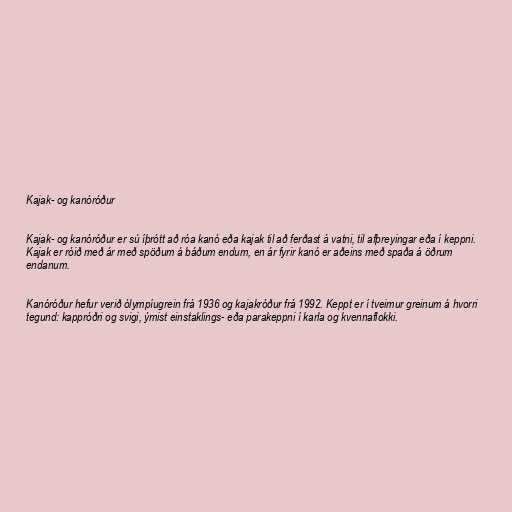
Kajak- og kanóróður

Kajak- og kanóróður er sú íþrótt að róa kanó eða kajak til að ferðast á vatni, til afþreyingar eða í keppni.
Kajak er róið með ár með spöðum á báðum endum, en ár fyrir kanó er aðeins með spaða á öðrum
endanum.

Kanóróður hefur verið ólympíugrein frá 1936 og kajakróður frá 1992. Keppt er í tveimur greinum á hvorri
tegund: kappróðri og svigi, ýmist einstaklings- eða parakeppni í karla og kvennaflokki.